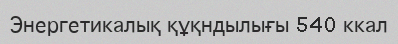
Энергетикалық құқндылығы 540 ккал